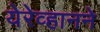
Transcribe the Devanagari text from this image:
येरेव्हानने